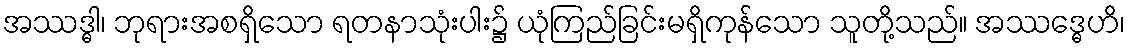
အဿဒ္ဓါ၊ ဘုရားအစရှိသော ရတနာသုံးပါး၌ ယုံကြည်ခြင်းမရှိကုန်သော သူတို့သည်။ အဿဒ္ဓေဟိ၊